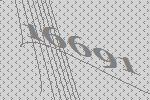
16691